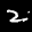
Label: 2